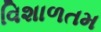
વિશાળતમ